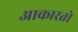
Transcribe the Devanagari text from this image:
आकारतो